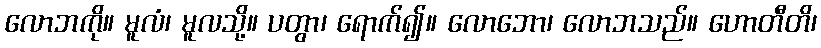
လောဘကို။ မူလံ၊ မူလသို့။ ပတွာ၊ ရောက်၍။ လောဘော၊ လောဘသည်။ ဟောတီတိ၊